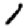
Digit: 1